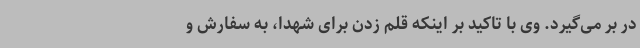
در بر می‌گیرد. وی با تاکید بر اینکه قلم زدن برای شهدا، به سفارش و